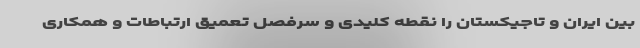
بین ایران و تاجیکستان را نقطه کلیدی و سرفصل تعمیق ارتباطات و همکاری